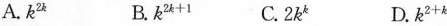
A. k^{2k } B .$$k ^ { 2 k + 1 }$$ C. 2k^{ k } D. $$k ^ { 2 + k }$$